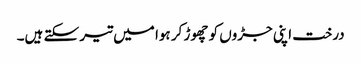
درخت اپنی جڑوں کو چھوڑ کر ہوا میں تیر سکتے ہیں۔